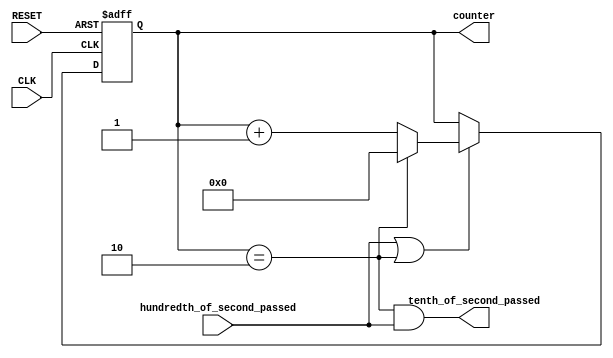
module Tenth_of_second_cnt(
input CLK,
input RESET,
input hundredth_of_second_passed,
output tenth_of_second_passed,
output reg [16:0] counter
);
	
	//reg [16:0] counter;
	wire counted;
	assign counted = (counter == 17'd2);
	assign tenth_of_second_passed = (counted & hundredth_of_second_passed);
	always @(posedge CLK or posedge RESET) begin
		if (RESET) counter <= 0;
		else begin 
			if (hundredth_of_second_passed | counted) begin
				if (counted) counter <= 0;
				else counter <= counter + 1;
			end else counter <= counter;
		end
	end
	
endmodule